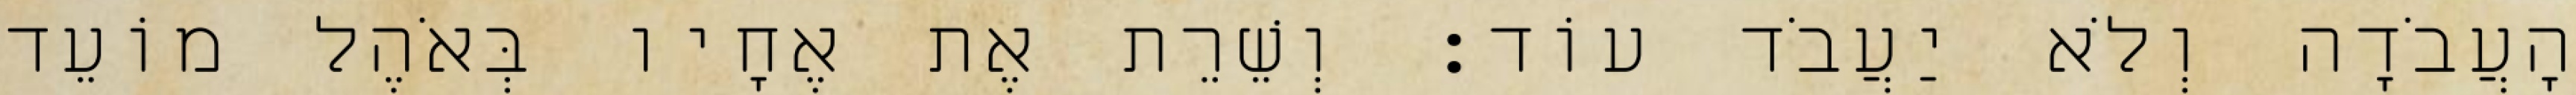
הָעֲבֹדָה וְלֹא יַעֲבֹד עוֹד׃ וְשֵׁרֵת אֶת אֶחָיו בְּאֹהֶל מוֹעֵד